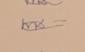
Signature authenticity: genuine